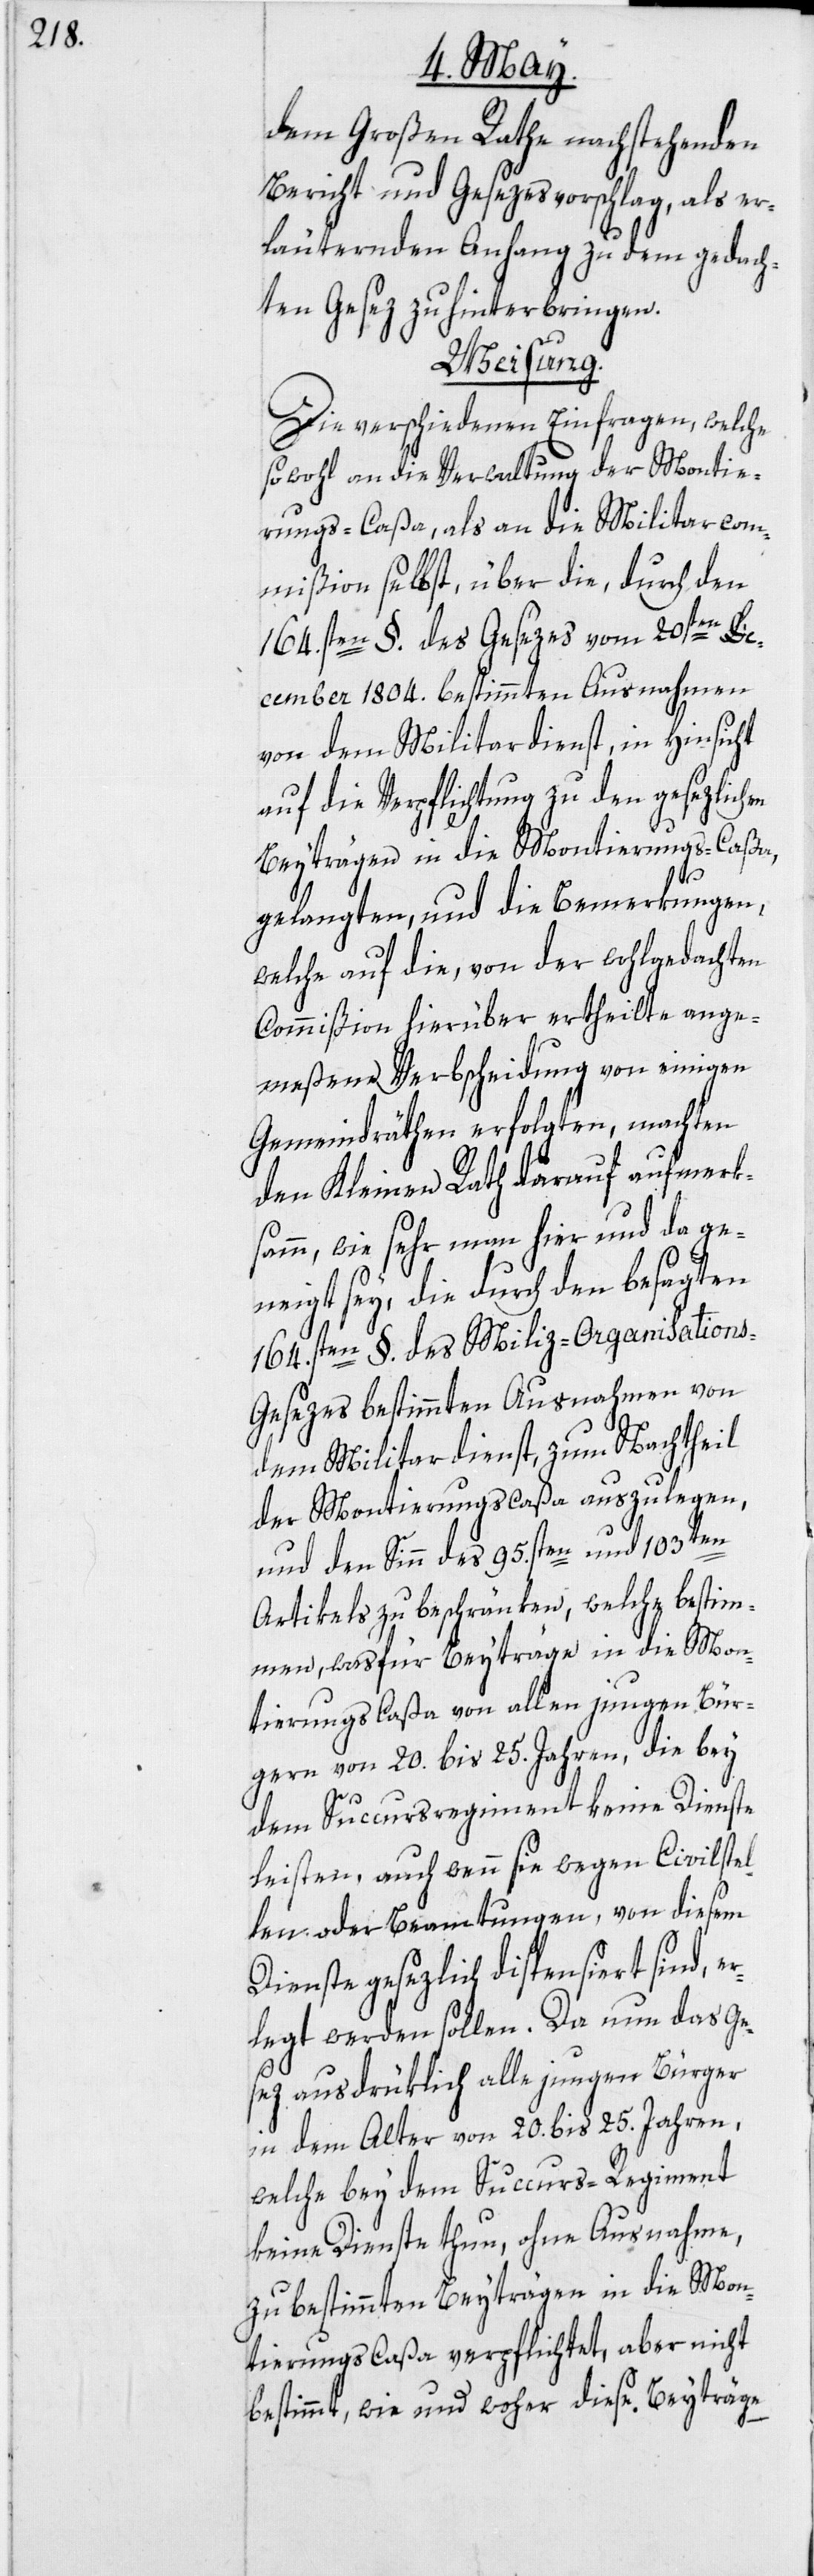
dem Großen Rathe nachstehenden
Bericht und Gesezesvorschlag, als er¬
läuternden Anhang zu dem gedach¬
ten Gesez zu hinterbringen.
Weisung.
Die verschiedenen Einfragen, welche
sowohl an die Verwaltung der Montie¬
rungs-Caßa, als an die Militarcom¬
mißion selbst, über die, durch den
164.sten §. des Gesezes vom 20sten De¬
cember 1804. bestimmten Ausnahmen
von dem Militardienst, in Hinsicht
auf die Verpflichtung zu den gesezlichen
Beyträgen in die Montierungs-Caßa,
gelangten, und die Bemerkungen,
welche auf die, von der wohlgedachten
Commißion hierüber ertheilte ange¬
meßene Verbscheidung von einigen
Gemeindräthen erfolgten, machten
den Kleinen Rath darauf aufmerk¬
samm, wie sehr man hier und da ge¬
neigt sey, die durch den besagten
164.sten §. des Miliz-Organisation¬
s-Gesezes bestimmten Ausnahmen von
dem Militardienst, zum Nachtheil
der Montierungscaßa auszulegen,
und den Sinn des 95.sten und 103ten
Artikels zu beschränken, welche bestim¬
men, was für Beyträge in die Mon¬
tierungs-Caßa von allen jungen Bür¬
gern von 20. bis 25. Jahren, die bey
dem Succursregiment keine Dienste
leisten, auch wenn sie wegen Civilstel¬
len oder Beamtungen, von diesem
Dienste gesezlich dispensiert sind, e¬
rlegt werden sollen. Da nun das Ge¬
sez ausdrüklich alle jungen Bürger
in dem Alter von 20. bis 25. Jahren,
welche bey dem Succurs-Regiment
keine Dienste thun, ohne Ausnahme,
zu bestimmten Beyträgen in die Mon¬
tierungscaßa verpflichtet, aber nicht
bestimmt, wie und woher diese Beyträge